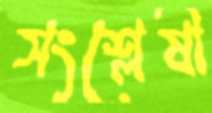
সংশ্লেষী